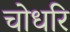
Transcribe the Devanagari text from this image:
चोधरि